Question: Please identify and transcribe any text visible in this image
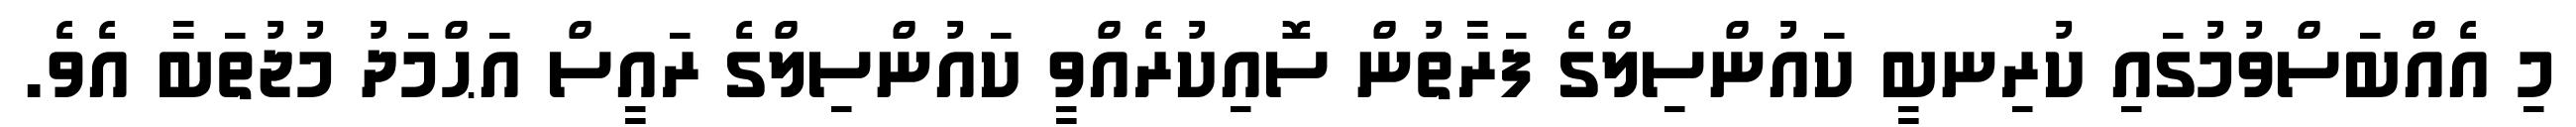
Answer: މި އެއްބަސްވުމުގައި ކުރިނބީ ކައުންސިލްގެ ފަރާތުން ސޮއިކުރެއްވީ ކައުންސިލްގެ ރައީސް އަޙްމަދު މުޖުތަބާ އެވެ.